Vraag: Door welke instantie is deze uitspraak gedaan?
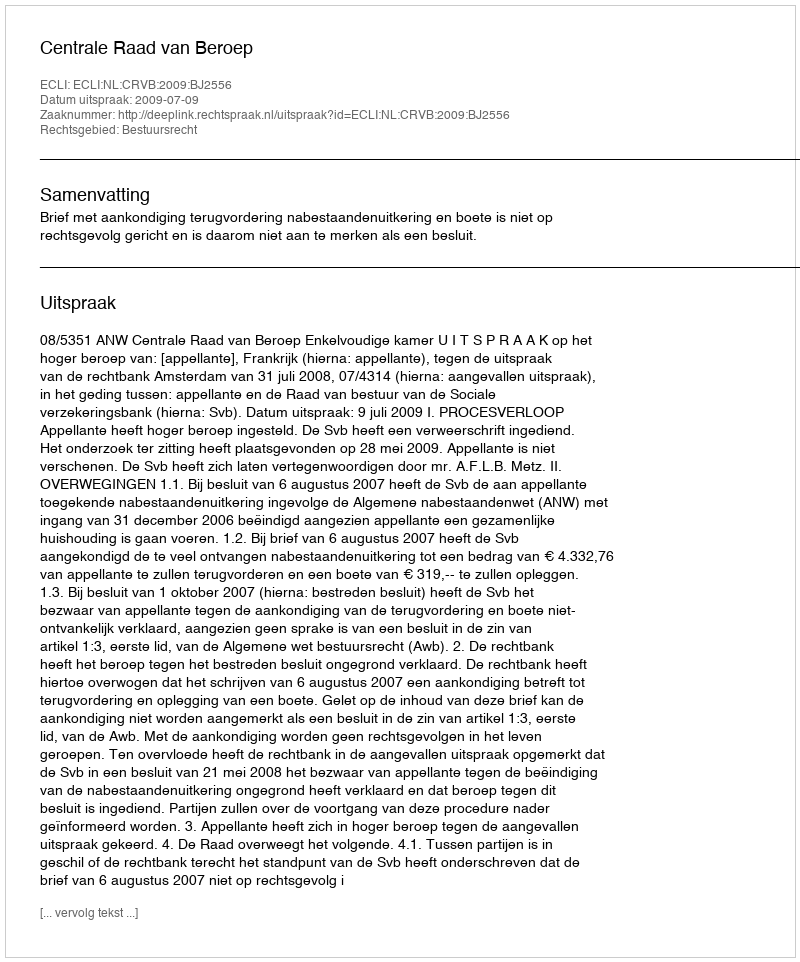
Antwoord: Centrale Raad van Beroep